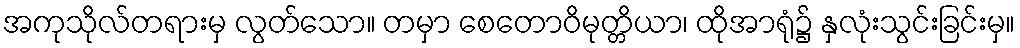
အကုသိုလ်တရားမှ လွတ်သော။ တမှာ စေတောဝိမုတ္တိယာ၊ ထိုအာရုံ၌ နှလုံးသွင်းခြင်းမှ။